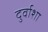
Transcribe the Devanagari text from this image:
दुर्वाशा